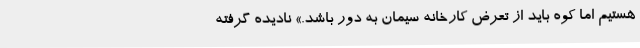
هستیم اما کوه باید از تعرض کارخانه سیمان به دور باشد.» نادیده گرفته